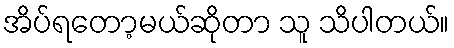
အိပ်ရတော့မယ်ဆိုတာ သူ သိပါတယ်။